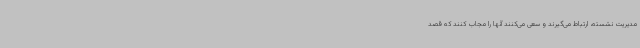
مدیریت نشسته، ارتباط می‌گیرند و سعی می‌کنند آنها را مجاب کنند که قصد